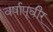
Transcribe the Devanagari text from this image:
वर्षापूवीर्